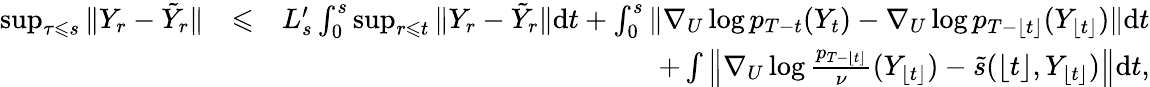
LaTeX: \begin{array}{rlr}{\operatorname*{sup}_{\tau\leqslant s}\| Y_{r}-\tilde{Y}_{r}\| }&{\leqslant}&{L_{s}^{\prime}\int_{0}^{s}\operatorname*{sup}_{r\leqslant t}\| Y_{r}-\tilde{Y}_{r}\| \mathrm{d}t+\int_{0}^{s}\| \nabla_{U}\log p_{T-t}(Y_{t})-\nabla_{U}\log p_{T-\lfloor t\rfloor}(Y_{\lfloor t\rfloor})\| \mathrm{d}t}\\ &{}&{+\int\left\| \nabla_{U}\log\frac{p_{T-\lfloor t\rfloor}}{\nu}(Y_{\lfloor t\rfloor})-\tilde{s}(\lfloor t\rfloor,Y_{\lfloor t\rfloor})\right\| \mathrm{d}t,}\end{array}